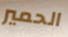
الحمير